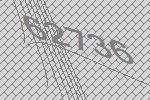
62736